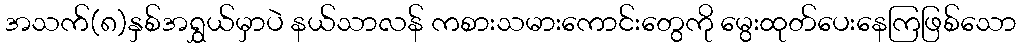
အသက်(၈)နှစ်အရွှယ်မှာပဲ နယ်သာလန် ကစားသမားကောင်းတွေကို မွေးထုတ်ပေးနေကြဖြစ်သော